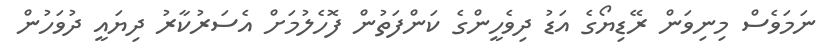
ނަމަވެސް މިނިވަން ރޭޑިޔޯގެ އަޑު ދިވެހީންގެ ކަންފަތުން ފޮހެލުމަށް އެސަރުކާރު ދިޔައީ ދުވަހުން